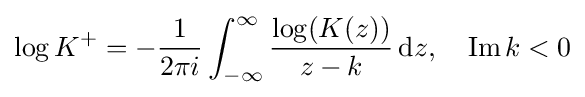
\log K^{+}=-{\frac {1}{2\pi i}}\int _{-\infty }^{\infty }{\frac {\log(K(z))}{z-k}}\,{\textrm {d}}z,\quad \operatorname {Im} k<0